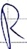
Text: R